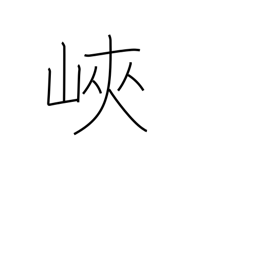
Meaning: isthmus